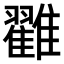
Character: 𩁙